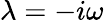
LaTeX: \lambda=-i\omega